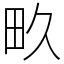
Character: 畂